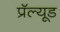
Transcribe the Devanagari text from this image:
प्रॅल्यूड